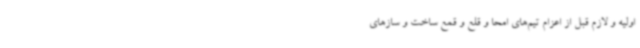
اولیه و لازم قبل از اعزام تیم‌های امحا و قلع و قمع ساخت و سازهای